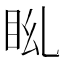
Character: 𥄩